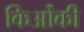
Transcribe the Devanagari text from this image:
किओंकी